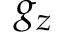
g _ { z }